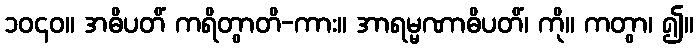
၁၀၄၀။ အဓိပတိံ ကရိတွာတိ-ကား။ အာရမ္မဏာဓိပတိံ၊ ကို။ ကတွာ၊ ၍။